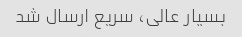
بسیار عالی، سریع ارسال شد